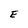
Character: E